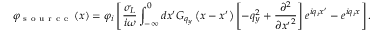
{ { \varphi } _ { \mathrm { ~ s ~ o ~ u ~ r ~ c ~ e ~ } } } \left( x \right) = { { \varphi } _ { i } } \left[ \frac { { { \sigma } _ { L } } } { i \omega } \int _ { - \infty } ^ { 0 } { d { x } ^ { \prime } { { G } _ { { { q } _ { y } } } } \left( x - { x } ^ { \prime } \right) \left[ - q _ { y } ^ { 2 } + \frac { { { \partial } ^ { 2 } } } { \partial { { { { x } ^ { \prime } } } ^ { 2 } } } \right] { { e } ^ { i { { q } _ { i } } { x } ^ { \prime } } } } - { { e } ^ { i { { q } _ { i } } x } } \right] .